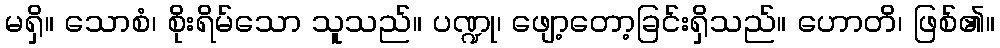
မရှိ။ သောစံ၊ စိုးရိမ်သော သူသည်။ ပဏ္ဍု၊ ဖျော့တော့ခြင်းရှိသည်။ ဟောတိ၊ ဖြစ်၏။